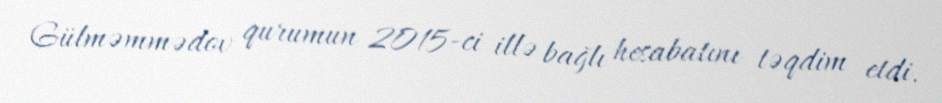
Gülməmmədov qurumun 2015-ci illə bağlı hesabatını təqdim etdi.